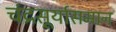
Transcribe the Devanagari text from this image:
चंद्रसूर्यासमान